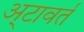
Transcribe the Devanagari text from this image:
अ्टावर्त